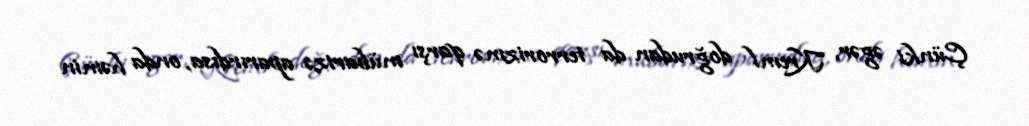
Çünki əgər, Kreml doğrudan da terrorizmə qarşı mübarizə aparırdısa, onda həmin